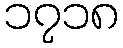
၁၇၁၈